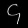
Digit: ၄